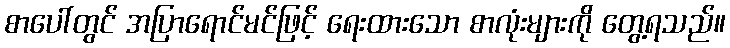
စာပေါ်တွင် အပြာရောင်မင်ဖြင့် ရေးထားသော စာလုံးများကို တွေ့ရသည်။